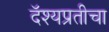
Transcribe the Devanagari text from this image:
दॅश्यप्रतीचा